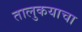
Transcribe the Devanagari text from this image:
तालुकयाचा